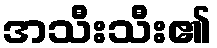
အသီးသီး၏